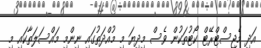
އަދި މެޖިސްޓްރޭޓް ކޯޓުތަކުން ވެސް މިދިޔަ މި މުއްދަތުގައި ނިންމި މައްސަލަތާކައި މި